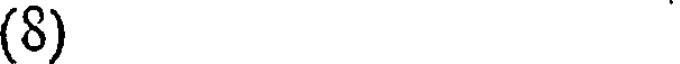
(8)